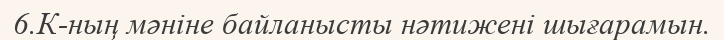
6.К-ның мәніне байланысты нәтижені шығарамын.